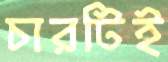
চারটিই